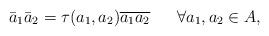
LaTeX: \begin{align*}\bar {a}_1 \bar {a}_2 = \tau(a_1, a_2)\overline{a_1a_2} \ \ \ \ \ \forall a_1, a_2 \in A,\end{align*}